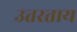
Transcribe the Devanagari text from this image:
उतरताय